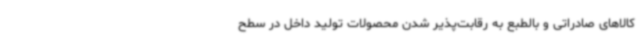
کالاهای صادراتی و بالطبع به رقابت‌پذیر شدن محصولات تولید داخل در سطح